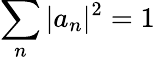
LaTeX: \sum_{n}|a_{n}|^{2}=1